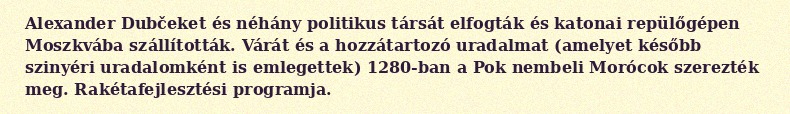
Alexander Dubčeket és néhány politikus társát elfogták és katonai repülőgépen Moszkvába szállították. Várát és a hozzátartozó uradalmat (amelyet később szinyéri uradalomként is emlegettek) 1280-ban a Pok nembeli Morócok szerezték meg. Rakétafejlesztési programja.